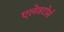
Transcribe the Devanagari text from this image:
एलेवटोर्स